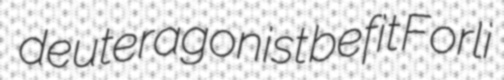
deuteragonist befit Forli